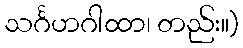
သင်္ဂဟဂါထာ၊ တည်း။)